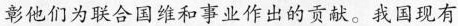
彰他们为联合国维和事业作出的贡献。我国现有